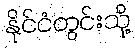
နိုင်ငံတွင်းသို့